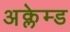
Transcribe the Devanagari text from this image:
अक्लेम्ड